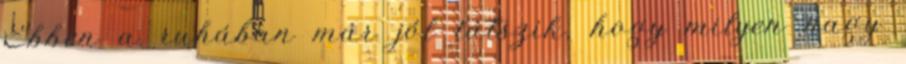
Ebben a ruhában már jól látszik, hogy milyen nagy